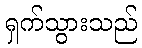
ရှက်သွားသည်